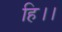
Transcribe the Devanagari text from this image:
हि।।